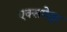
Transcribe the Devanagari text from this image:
एक्सपेक्षा